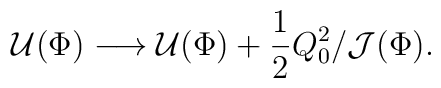
{\cal U}(\Phi)\longrightarrow{\cal U}(\Phi) + {1\over 2}Q_0^2/{\cal J}(\Phi).